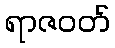
ရာဇဝတ်